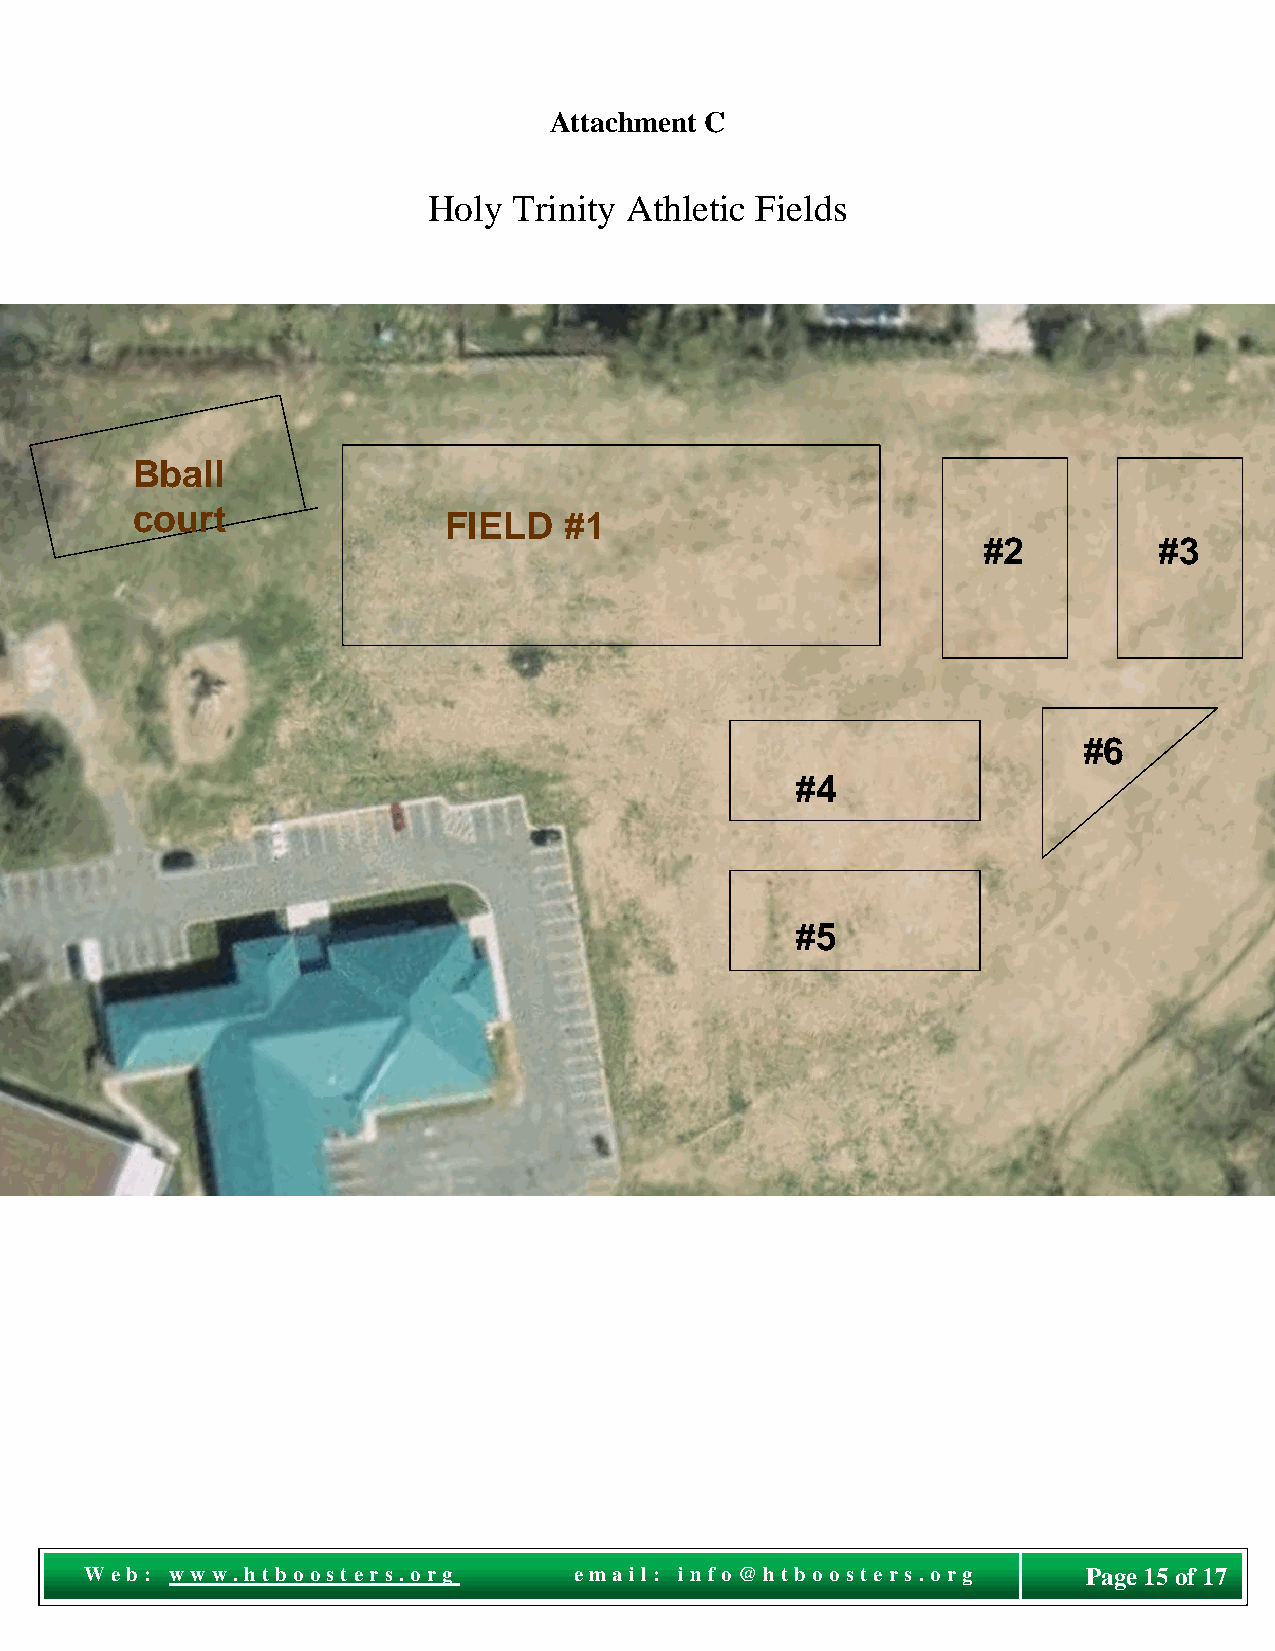
Attachment C
 Holy  Trinity Athletic Fields
 Bball
 court
 FIELD   #1
 #2          #3
 #6
 #4
 #5
 Pag
 We b : w ww . ht boost e r s. o r g e ma il: i nf o @ht bo o st e r s. o r g Page 15 of 17